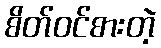
စိတ်ဝင်စားတဲ့